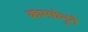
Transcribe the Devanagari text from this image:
कामधेनूने